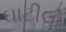
ઘાટીલો